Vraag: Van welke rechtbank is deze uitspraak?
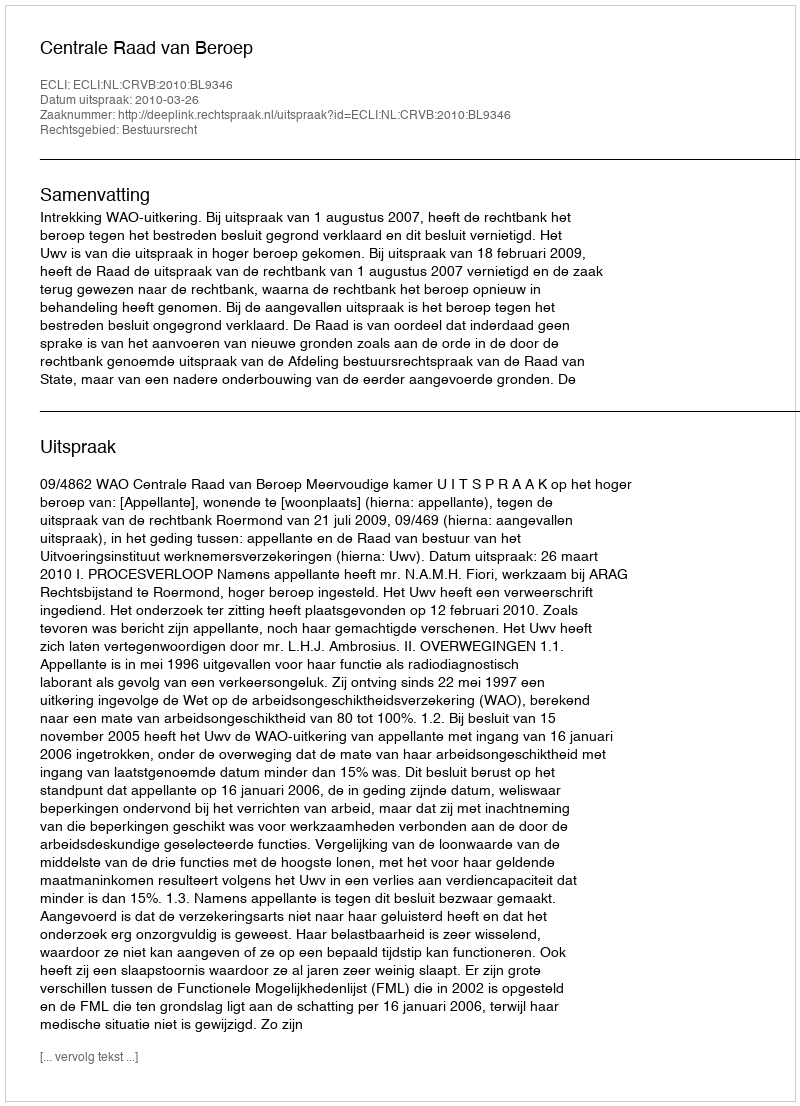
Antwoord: Centrale Raad van Beroep